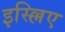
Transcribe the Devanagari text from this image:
इस्ल्लिए